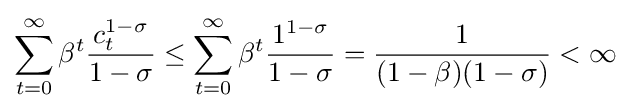
\sum _{t=0}^{\infty }\beta ^{t}{\frac {c_{t}^{1-\sigma }}{1-\sigma }}\leq \sum _{t=0}^{\infty }\beta ^{t}{\frac {1^{1-\sigma }}{1-\sigma }}={\frac {1}{(1-\beta )(1-\sigma )}}<\infty